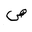
Letter: _sad